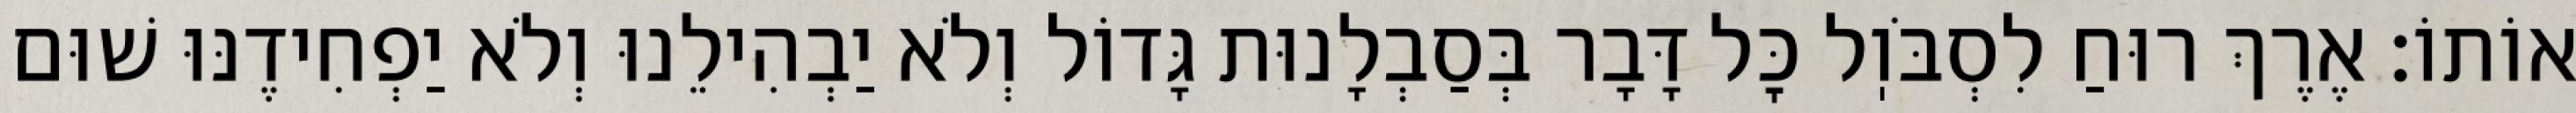
אוֹתוֹ: אֶרֶךְ רוּחַ לִסְבֹּוֽל כׇּל דָּבָר בְּסַבְלָנוּת גָּדוֹל וְלֹא יַבְהִילֵנוּ וְלֹא יַפְחִידֶנּוּ שׁוּם